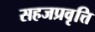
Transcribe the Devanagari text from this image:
सहजप्रवृत्ति